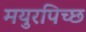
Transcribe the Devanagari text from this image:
मयुरपिच्छ